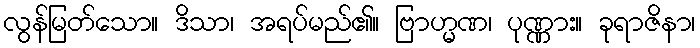
လွန်မြတ်သော။ ဒိသာ၊ အရပ်မည်၏။ ဗြာဟ္မဏ၊ ပုဏ္ဏား။ ခုရာဇိနာ၊